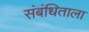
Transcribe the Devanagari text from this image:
संबंधिताला